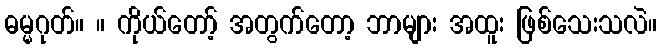
ဓမ္မဂုတ်။ ။ ကိုယ်တော့် အတွက်တော့ ဘာများ အထူး ဖြစ်သေးသလဲ။